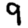
Digit: 9